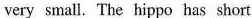
very small. 'The hippo has short